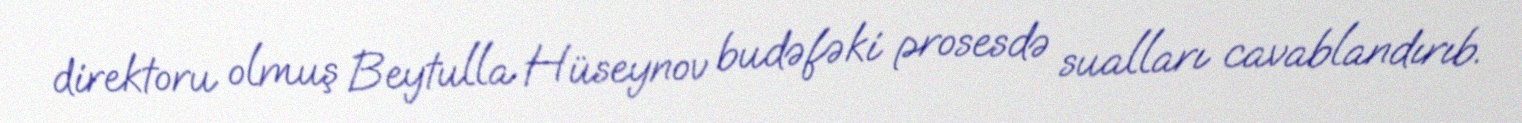
direktoru olmuş Beytulla Hüseynov budəfəki prosesdə sualları cavablandırıb.